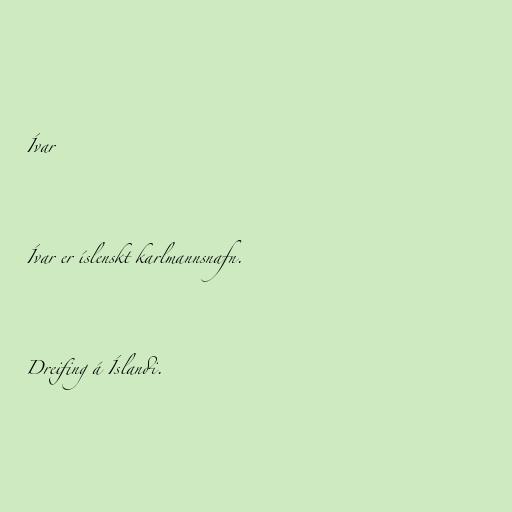
Ívar

Ívar er íslenskt karlmannsnafn.

Dreifing á Íslandi.